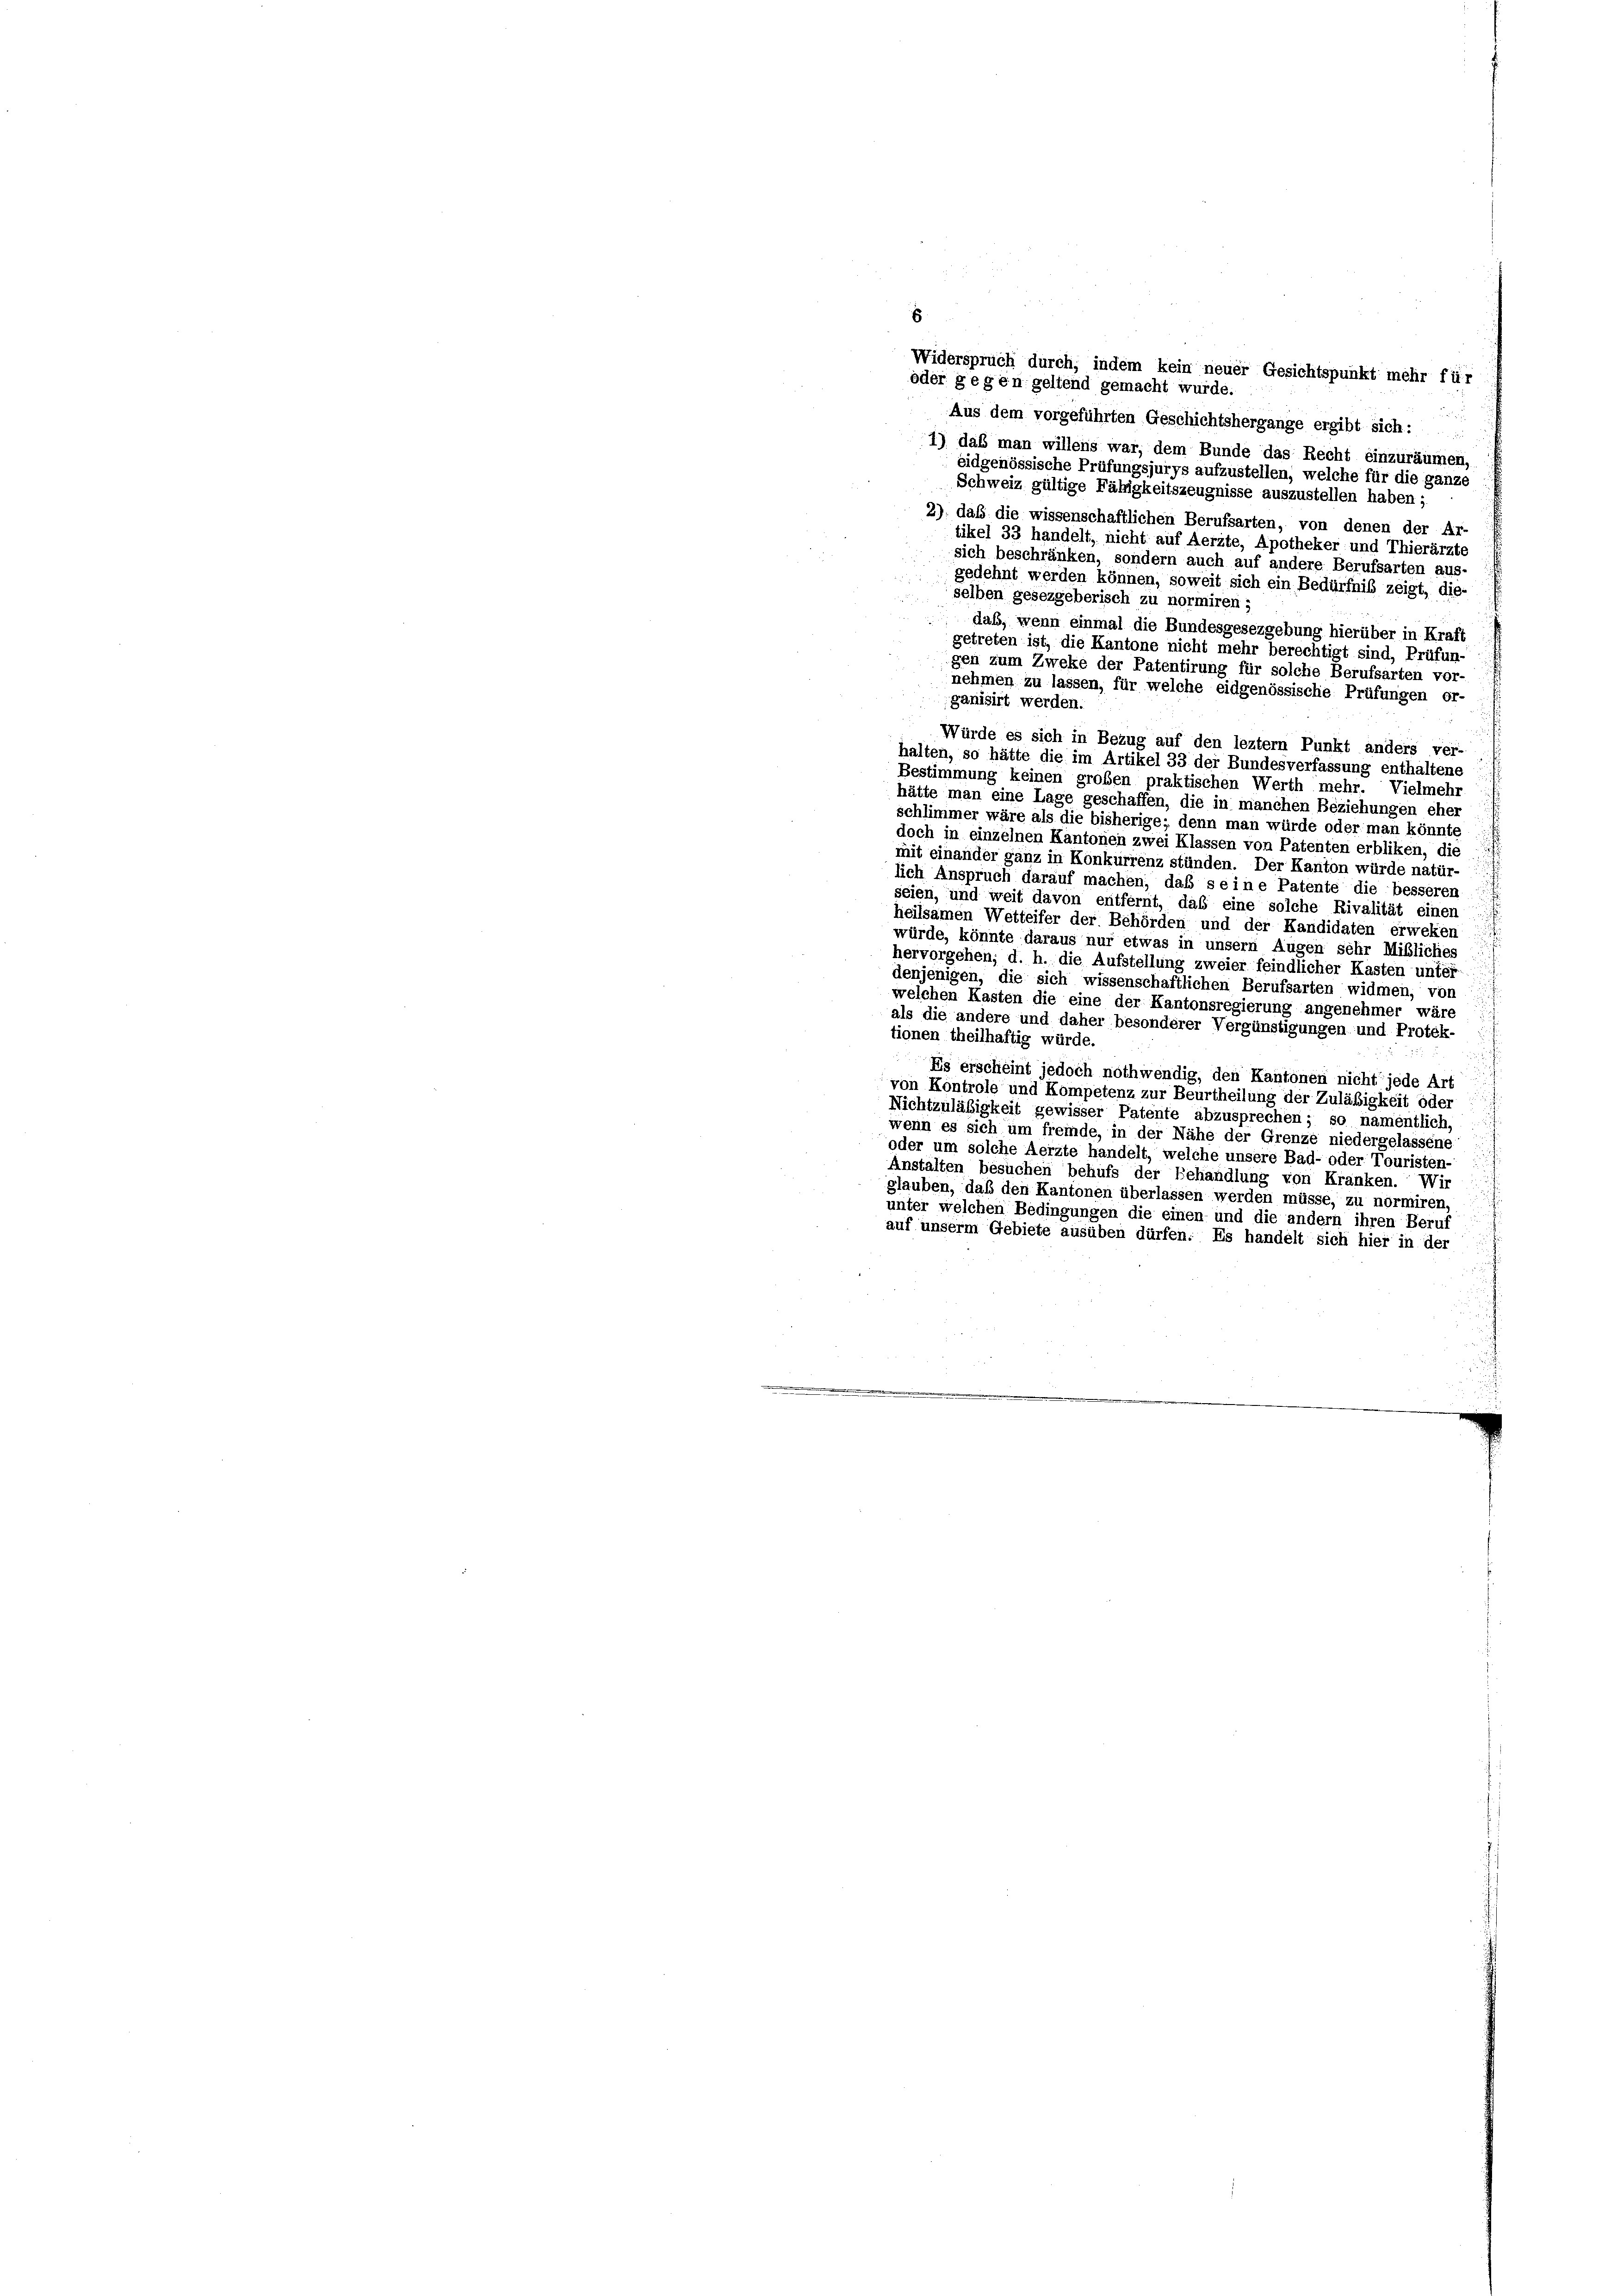
8
Widerspruch durch, indem kein neuer Gesichtspunkt mehr für
oder gegen geltend gemacht wurde.
Aus dem vorgeführten Geschichtshergange ergibt sich:  ..
1) daß man willens war, dem Bunde das Recht einzuräumen,
eidgenössische Prüfungsjurys aufzustellen, welche für die ganze
Schweiz gültige Fähigkeitszeugnisse auszustellen haben;
2) daß die wissenschaftlichen Berufsarten, von denen der Ar-
tikel 33 handelt, nicht auf Aerzte, Apotheker und Thierärzte
sich beschränken, sondern auch auf andere Berufsarten aus-
gedehnt werden können, soweit sich ein Bedürfnis zeigt, die-
selben gesezgeberisch zu normiren;
daß, wenn einmal die Bundesgesezgebung hierüber in Kraft
getreten ist, die Kantone nicht mehr berechtigt sind, Prüfun-
gen zum Zweke der Patentirung für solche Berufsarten vor-
nehmen zu lassen, für welche eidgenössische Prüfungen or-
ganisirt werden.
Würde es sich in Bezug auf den leztem Punkt anders ver-
halten, so hätte die im Artikel 33 der Bundesverfassung enthaltene
Bestimmung keinen großen praktischen Werth mehr. Vielmehr
hätte man eine Lage geschaffen, die in manchen Beziehungen eher
schlimmer wäre als die bisherige; denn man würde oder man könnte
doch in einzelnen Kantonen zwei Klassen von Patenten erbliken, die
mit einander ganz in Konkurrenz stünden. Der Kanton würde natür-
lich Anspruch darauf machen, das seine Patente die besseren
seien, und weit davon entfernt, daß eine solche Rivalität einen
heilsamen Wetteifer der Behörden und der Kandidaten erweken
würde, könnte daraus nur etwas in unsern Augen sehr Mißliches
hervorgehen, d. h. die Aufstellung zweier feindlicher Kasten unter
denjenigen, die sich wissenschaftlichen Berufsarten widmen, von
welchen Kasten die eine der Kantonsregierung angenehmer wäre
als die andere und daher besonderer Vergünstigungen und Protek-
tionen theilhaftig würde.
Es erscheint jedoch nothwendig, den Kantonen nicht jede Art
von Kontrole und Kompetenz zur Beurtheilung der Zuläßigkeit oder
Nichtzuläßigkeit gewisser Patente abzusprechen; so namentlich,
wenn es sich um fremde, in der Nähe der Grenze niedergelassene
oder um solche Aerzte handelt, welche unsere Bad- oder Touristen-
Anstalten besuchen behufs der Behandlung von Kranken. Wir
glauben, daß den Kantonen überlassen werden müsse, zu normiren,
unter welchen Bedingungen die einen und die andern ihren Beruf
auf unserm Gebiete ausüben dürfen. Es handelt sich hier in der